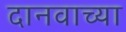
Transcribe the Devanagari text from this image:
दानवाच्या